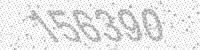
Solution: 156390